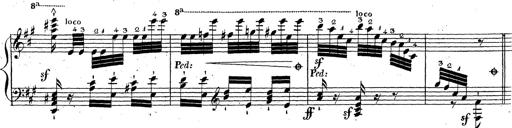
Title: Grande fantaisie sur la tyrolienne de l'opÃ©ra
Composer: Franz Liszt
Key: A major